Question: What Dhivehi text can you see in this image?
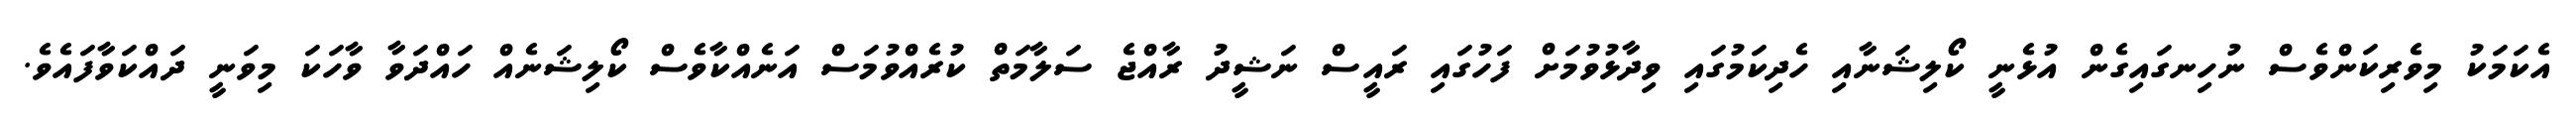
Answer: އެކަމަކު މިވެރިކަންވެސް ނުހިނގައިގެން އުޅެނީ ކޯލިޝަނާއި ހެދިކަމުގައި ވިދާޅުވުމަށް ފަހުގައި ރައީސް ނަޝީދު ރާއްޖެ ސަލާމަތް ކުރެއްވުމަސް އަނެއްކާވެސް ކޯލިޝަނެއް ހައްދަވާ ވާހަކަ މިވަނީ ދައްކަވާފައެވެ.